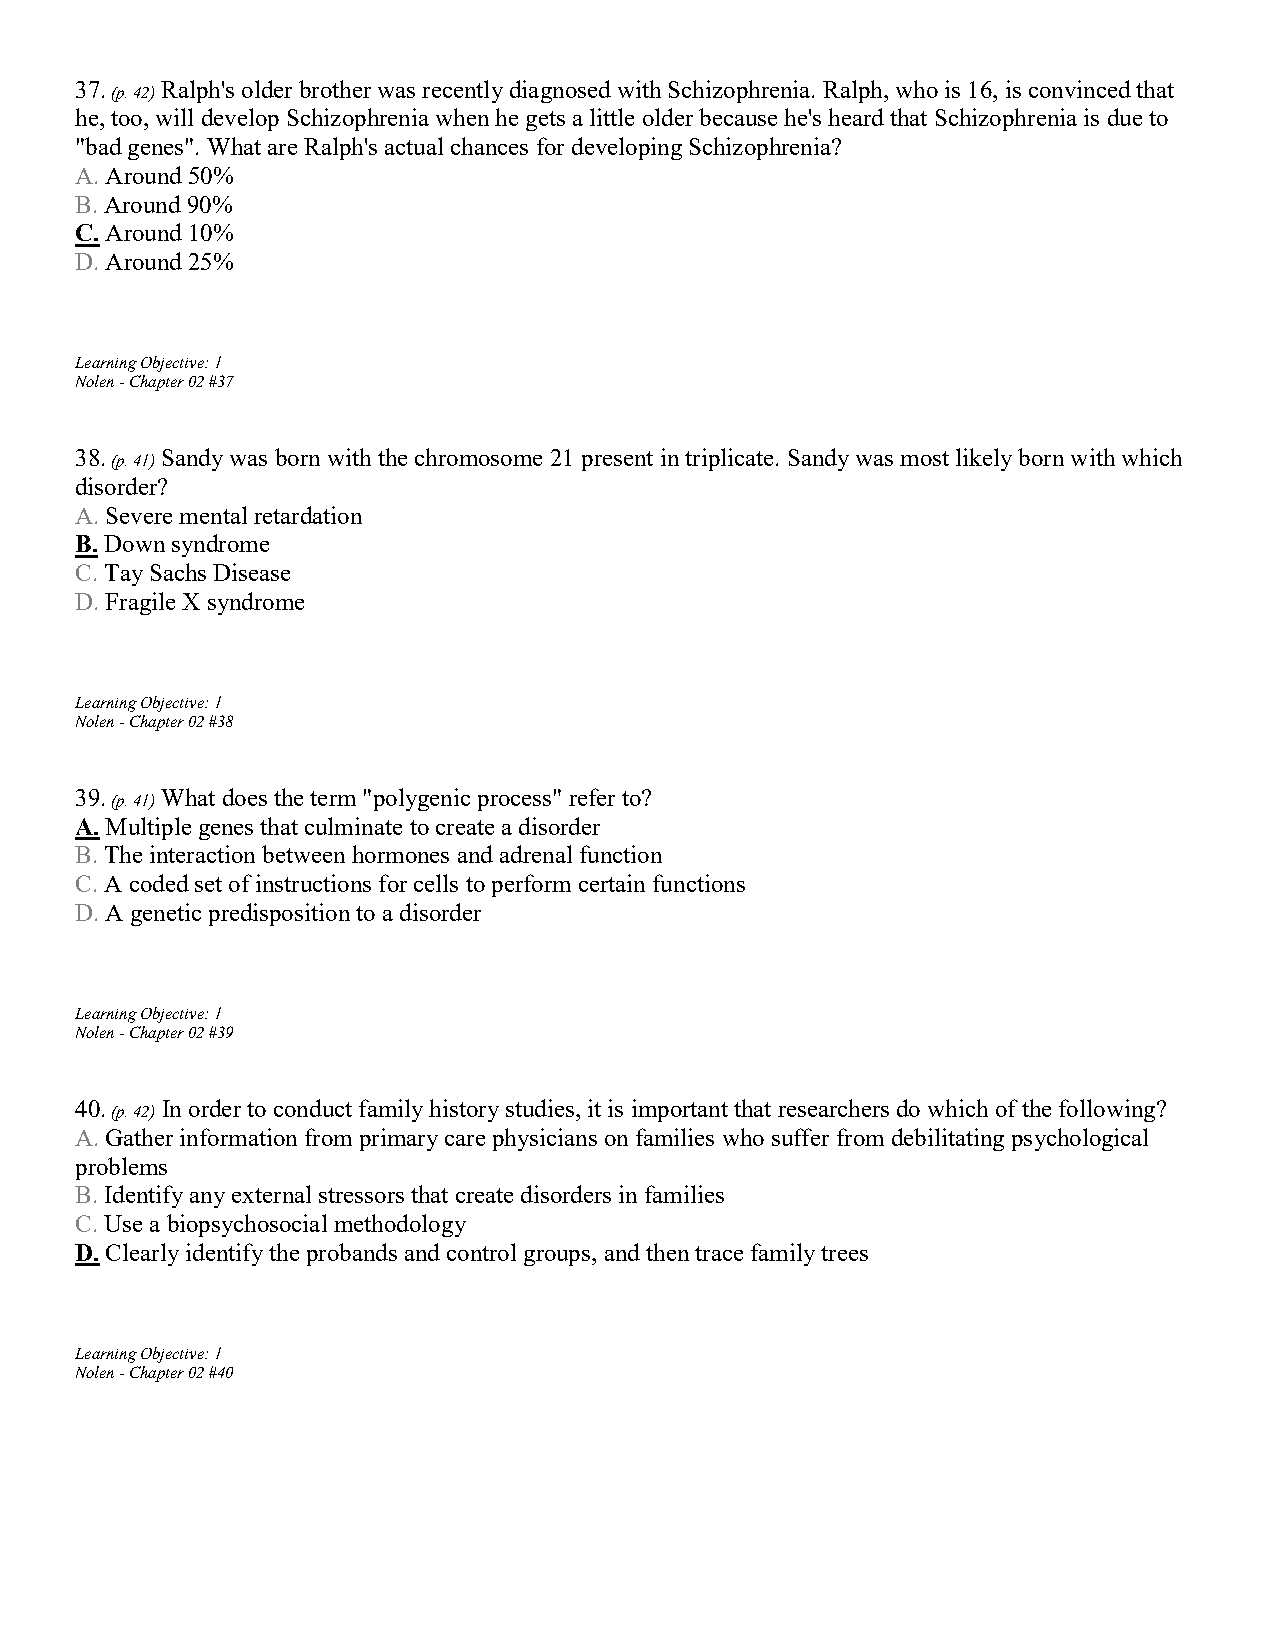
37.   Ralph's older brother was recently diagnosed with Schizophrenia. Ralph, who is 16, is convinced that
 (p. 42)
 he, too, will develop Schizophrenia when he gets a little older because he's heard that Schizophrenia is due to
 "bad genes". What are Ralph's actual chances for developing Schizophrenia?
 A. Around 50%
 B. Around 90%
 C. Around 10%
 D. Around 25%
 Learning Objective: 1
 Nolen - Chapter 02 #37
 38.   Sandy was born with the chromosome 21 present in triplicate. Sandy was most likely born with which
 (p. 41)
 disorder?
 A. Severe mental retardation
 B. Down syndrome
 C. Tay Sachs Disease
 D. Fragile X syndrome
 Learning Objective: 1
 Nolen - Chapter 02 #38
 39.   What does the term "polygenic process" refer to?
 (p. 41)
 A. Multiple genes that culminate to create a disorder
 B. The interaction between hormones and adrenal function
 C. A coded set of instructions for cells to perform certain functions
 D. A genetic predisposition to a disorder
 Learning Objective: 1
 Nolen - Chapter 02 #39
 40.   In order to conduct family history studies, it is important that researchers do which of the following?
 (p. 42)
 A. Gather information from primary care physicians on families who suffer from debilitating psychological
 problems
 B. Identify any external stressors that create disorders in families
 C. Use a biopsychosocial methodology
 D. Clearly identify the probands and control groups, and then trace family trees
 Learning Objective: 1
 Nolen - Chapter 02 #40